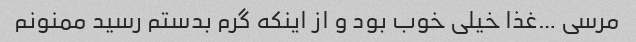
مرسی …غذا خیلی خوب بود و از اینکه گرم بدستم رسید ممنونم